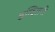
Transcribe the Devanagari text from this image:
इन्दिरानी